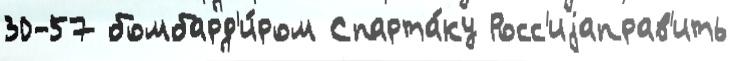
30-57 бомбард'и́ром Спарта́ку Росс'иjаправ'ить